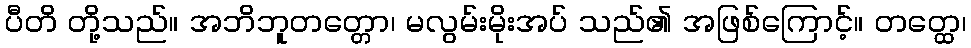
ပီတိ တို့သည်။ အဘိဘူတတ္တော၊ မလွမ်းမိုးအပ် သည်၏ အဖြစ်ကြောင့်။ တတ္ထေ၊